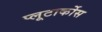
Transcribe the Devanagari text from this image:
प्लूटार्कोस